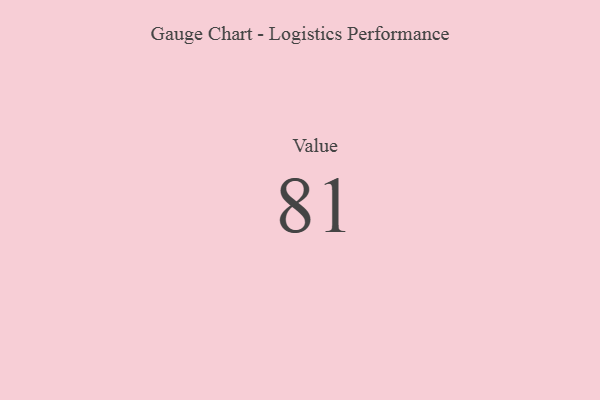
{"axis": {"x": "Metric", "y": "Value"}, "legend": [""], "data": [{"x": "Value", "y": 81, "type": ""}]}